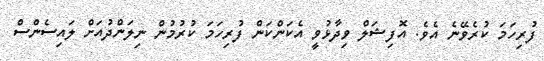
ފުރިހަމަ ކުރެވޭނެ އެވެ. އޮފިޝަލް ވިދާޅުވީ އެކަންކަން ފުރިހަމަ ކުރުމުން ނިލަންދުއަށް ލައިސެންސް